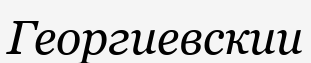
Георгиевскии